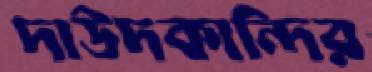
দাউদকান্দির